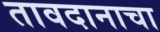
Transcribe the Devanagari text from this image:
तावदानाचा